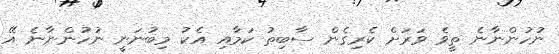
ނުހުންނާނެ ތީވެ ވަރަށް ކެރިގެން ސާބިތު ކަމާއި އެކު މިބުނަނީ ނުހުންނާނެ އޭ